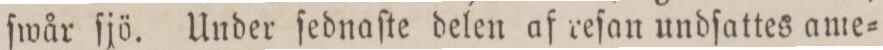
ſwår ſjö. Under ſednaſte delen af reſan undſattes ame=